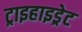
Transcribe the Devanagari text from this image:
ट्राइहाइड्रेट